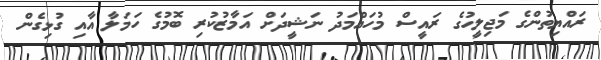
ރައްޔިތުންގެ މަޖިލީހުގެ ރައީސް މުހައްމަދު ނަޝީދަށް އަމާޒުކުރި ބޮމުގެ ހަމަލާ އާއި ގުޅިގެން